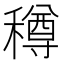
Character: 𥢎